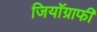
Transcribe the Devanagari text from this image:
जियॉग्राफी